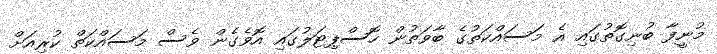
މުނީފާ ބުނިގޮތުގައި އެ މަސައްކަތުގެ ބާވަތުން ހޮސްޕިޓަލުގައި އޮވެގެން ވެސް މަސައްކަތް ކުރިއަށް